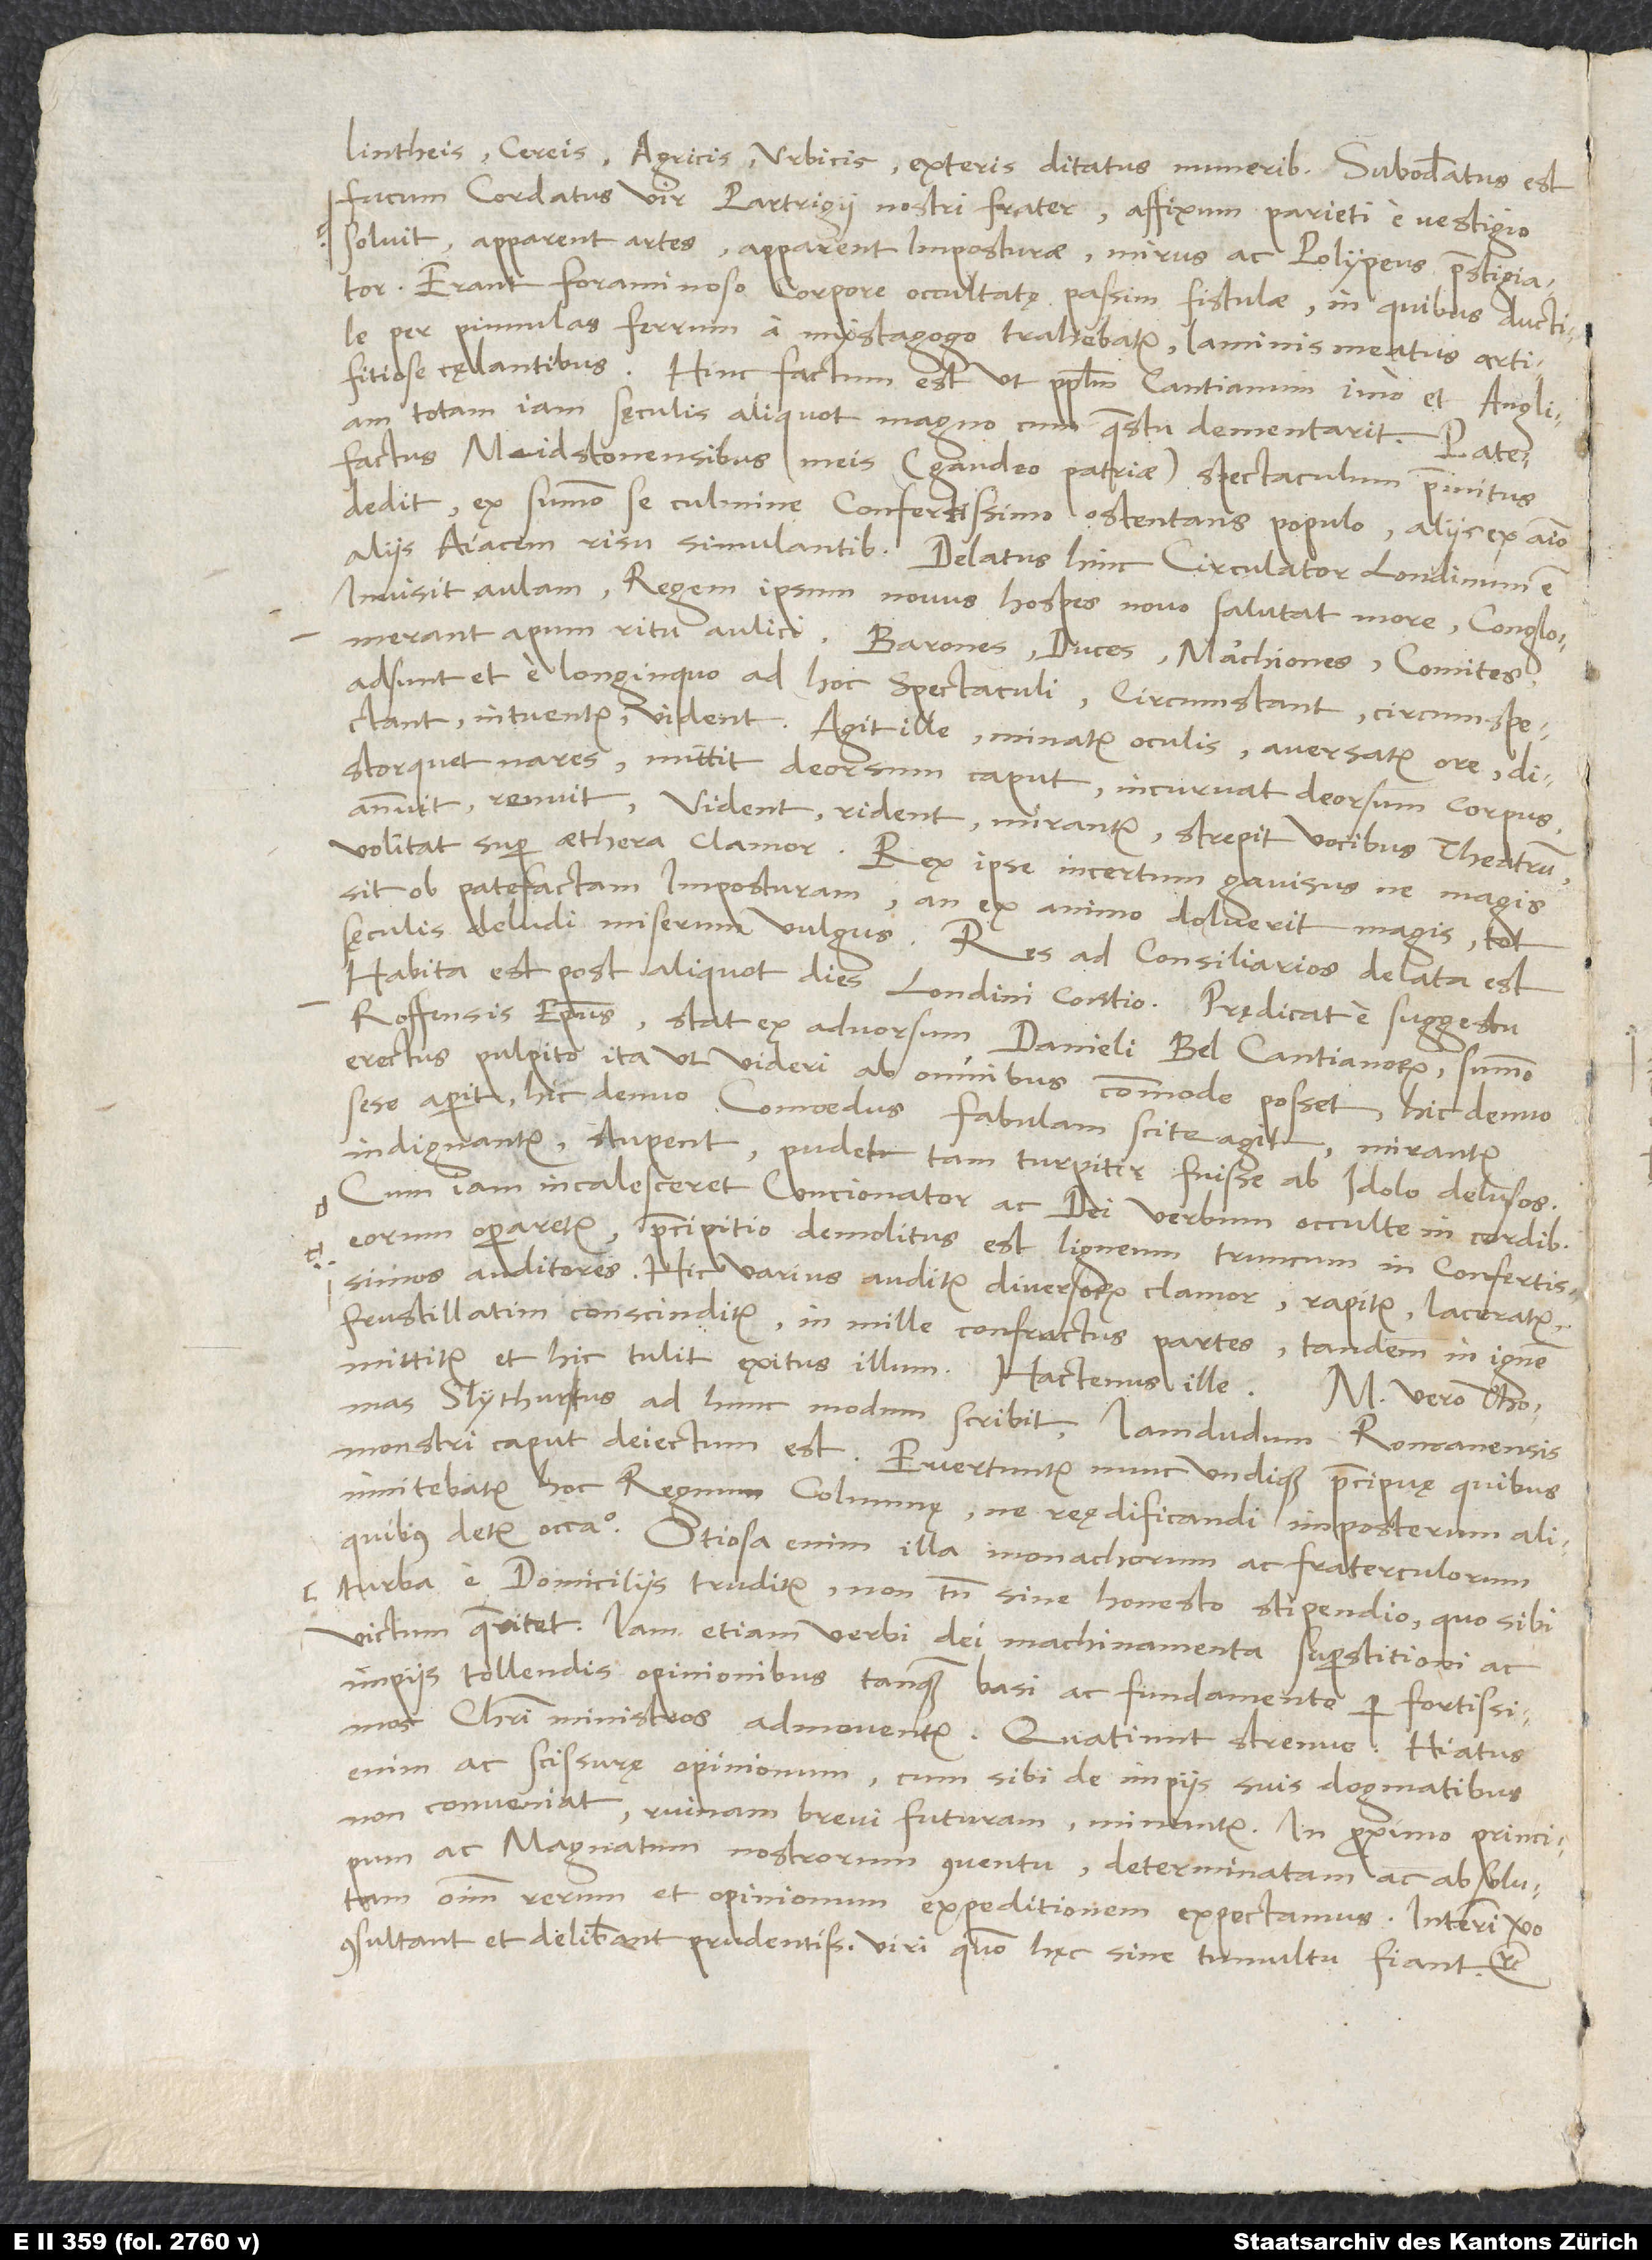
lintheis, cereis, agricis, urbicis, exteris ditatus muneribus. Subodoratus est
fucum cordatus vir, Partrigii nostri frater; affixum parieti e vestigio
solvit, apparent artes, apparent imposturae, mirus ac polypeus praestigiator.
Erant foraminoso corpore occultatę passim fistulae, in quibus ductile
per pinnulas ferrum a mystagogo trahebatur, laminis meatus artifitiose
cęlantibus. Hinc factum est, ut populum Cantianum, imo et Angliam
totam iam sęculis aliquot magno cum quaestu dementarit.
Patefactus Meidstonensibus meis (gaudeo patriae) spectaculum primitus
dedit ex summo se culmine confertissimo ostentans populo, aliis ex animo
aliis Aiacem risu simulantibus. Delatus hinc circulator Londinum est.
Invisit aulam; regem ipsum novus hospes novo salutat more. Conglomerant
apum ritu aulici; barones, duces, marchiones, comites
adsunt et e longinquo ad hoc spectaculi, circumstant, circumspectant,
intuentur, vident. Agit ille, minatur oculis, aversatur ore,
distorquet nares, mittit deorsum caput, incurvat deorsum corpus,
annuit, renuit; vident, rident, mirantur, strepit vocibus theatrum,
volitat super aethera clamor. Rex ipse incertum gavisusne magis
sit ob patefactam imposturam, an ex animo doluerit magis tot
sęculis deludi miserum vulgus. Res ad consiliarios delata est.
Habita est post aliquot dies Londini contio; prędicat e suggestu
Roffensis episcopus, stat ex advorsum Danieli Bel Cantianorum summo
erectus pulpito, ita ut videri ab omnibus commode posset. Hic denuo
sese aperit, hic denuo comoedus fabulam scite agit; mirantur,
indignantur, stupent, pudet tam turpiter fuisse ab idolo delusos.
Cum iam incalesceret concionator ac dei verbum occulte in cordibus
eorum operaretur, praecipitio demolitus est ligneum truncum in confertissimos
auditores. Hic varius auditur diversorum clamor, rapitur, laceratur,
frustillatim conscinditur, in mille confractus partes, tandem in ignem
mittitur, et hic tulit exitus illum.“ Hactenus ille.
Slythurus ad hunc modum scribit: „Iamdudum Romanensis
monstri caput deiectum est. Evertuntur nunc undique praecipuę, quibus
innitebatur hoc regnum, columnę, ne reędificandi imposterum aliquibus
detur occasio. Otiosa enim illa monachorum ac fraterculorum
turba e domiciliis truditur, non tamen sine honesto stipendio, quo sibi
victum quaeritet. Iam etiam verbi dei machinamenta superstitioni ac
impiis tollendis opinionibus tanquam basi ac fundamento per fortissimos
Christi ministros admoventur. Quatiunt strenue; hiatus
enim ac scissurę opinionum, cum sibi de impiis suis dogmatibus
non conveniat, ruinam brevi futuram minantur. In proximo principum
ac magnatum nostrorum conventu determinatam ac absolutam
omnium rerum et opinionum expeditionem expectamus. Interim vero
consultant et deliberant prudentissimi viri, quomodo hęc sine tumultu fiant“ etc.